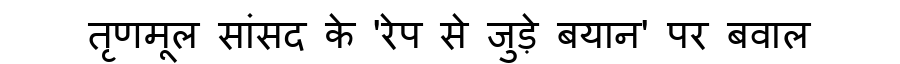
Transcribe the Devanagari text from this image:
तृणमूल सांसद के 'रेप से जुड़े बयान' पर बवाल